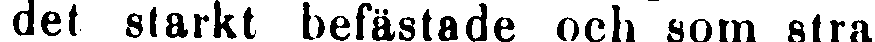
det starkt befästade och som stra-